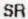
SR